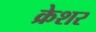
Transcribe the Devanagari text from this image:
क्रेशर